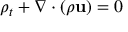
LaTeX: \rho _ { t } + \nabla \cdot ( \rho \mathbf { u } ) = 0